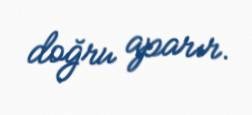
doğru aparır.